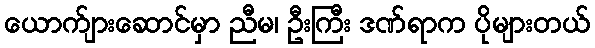
ယောက်ျားဆောင်မှာ ညီမ၊ ဦးကြီး ဒဏ်ရာက ပိုများတယ်